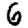
Digit: 6